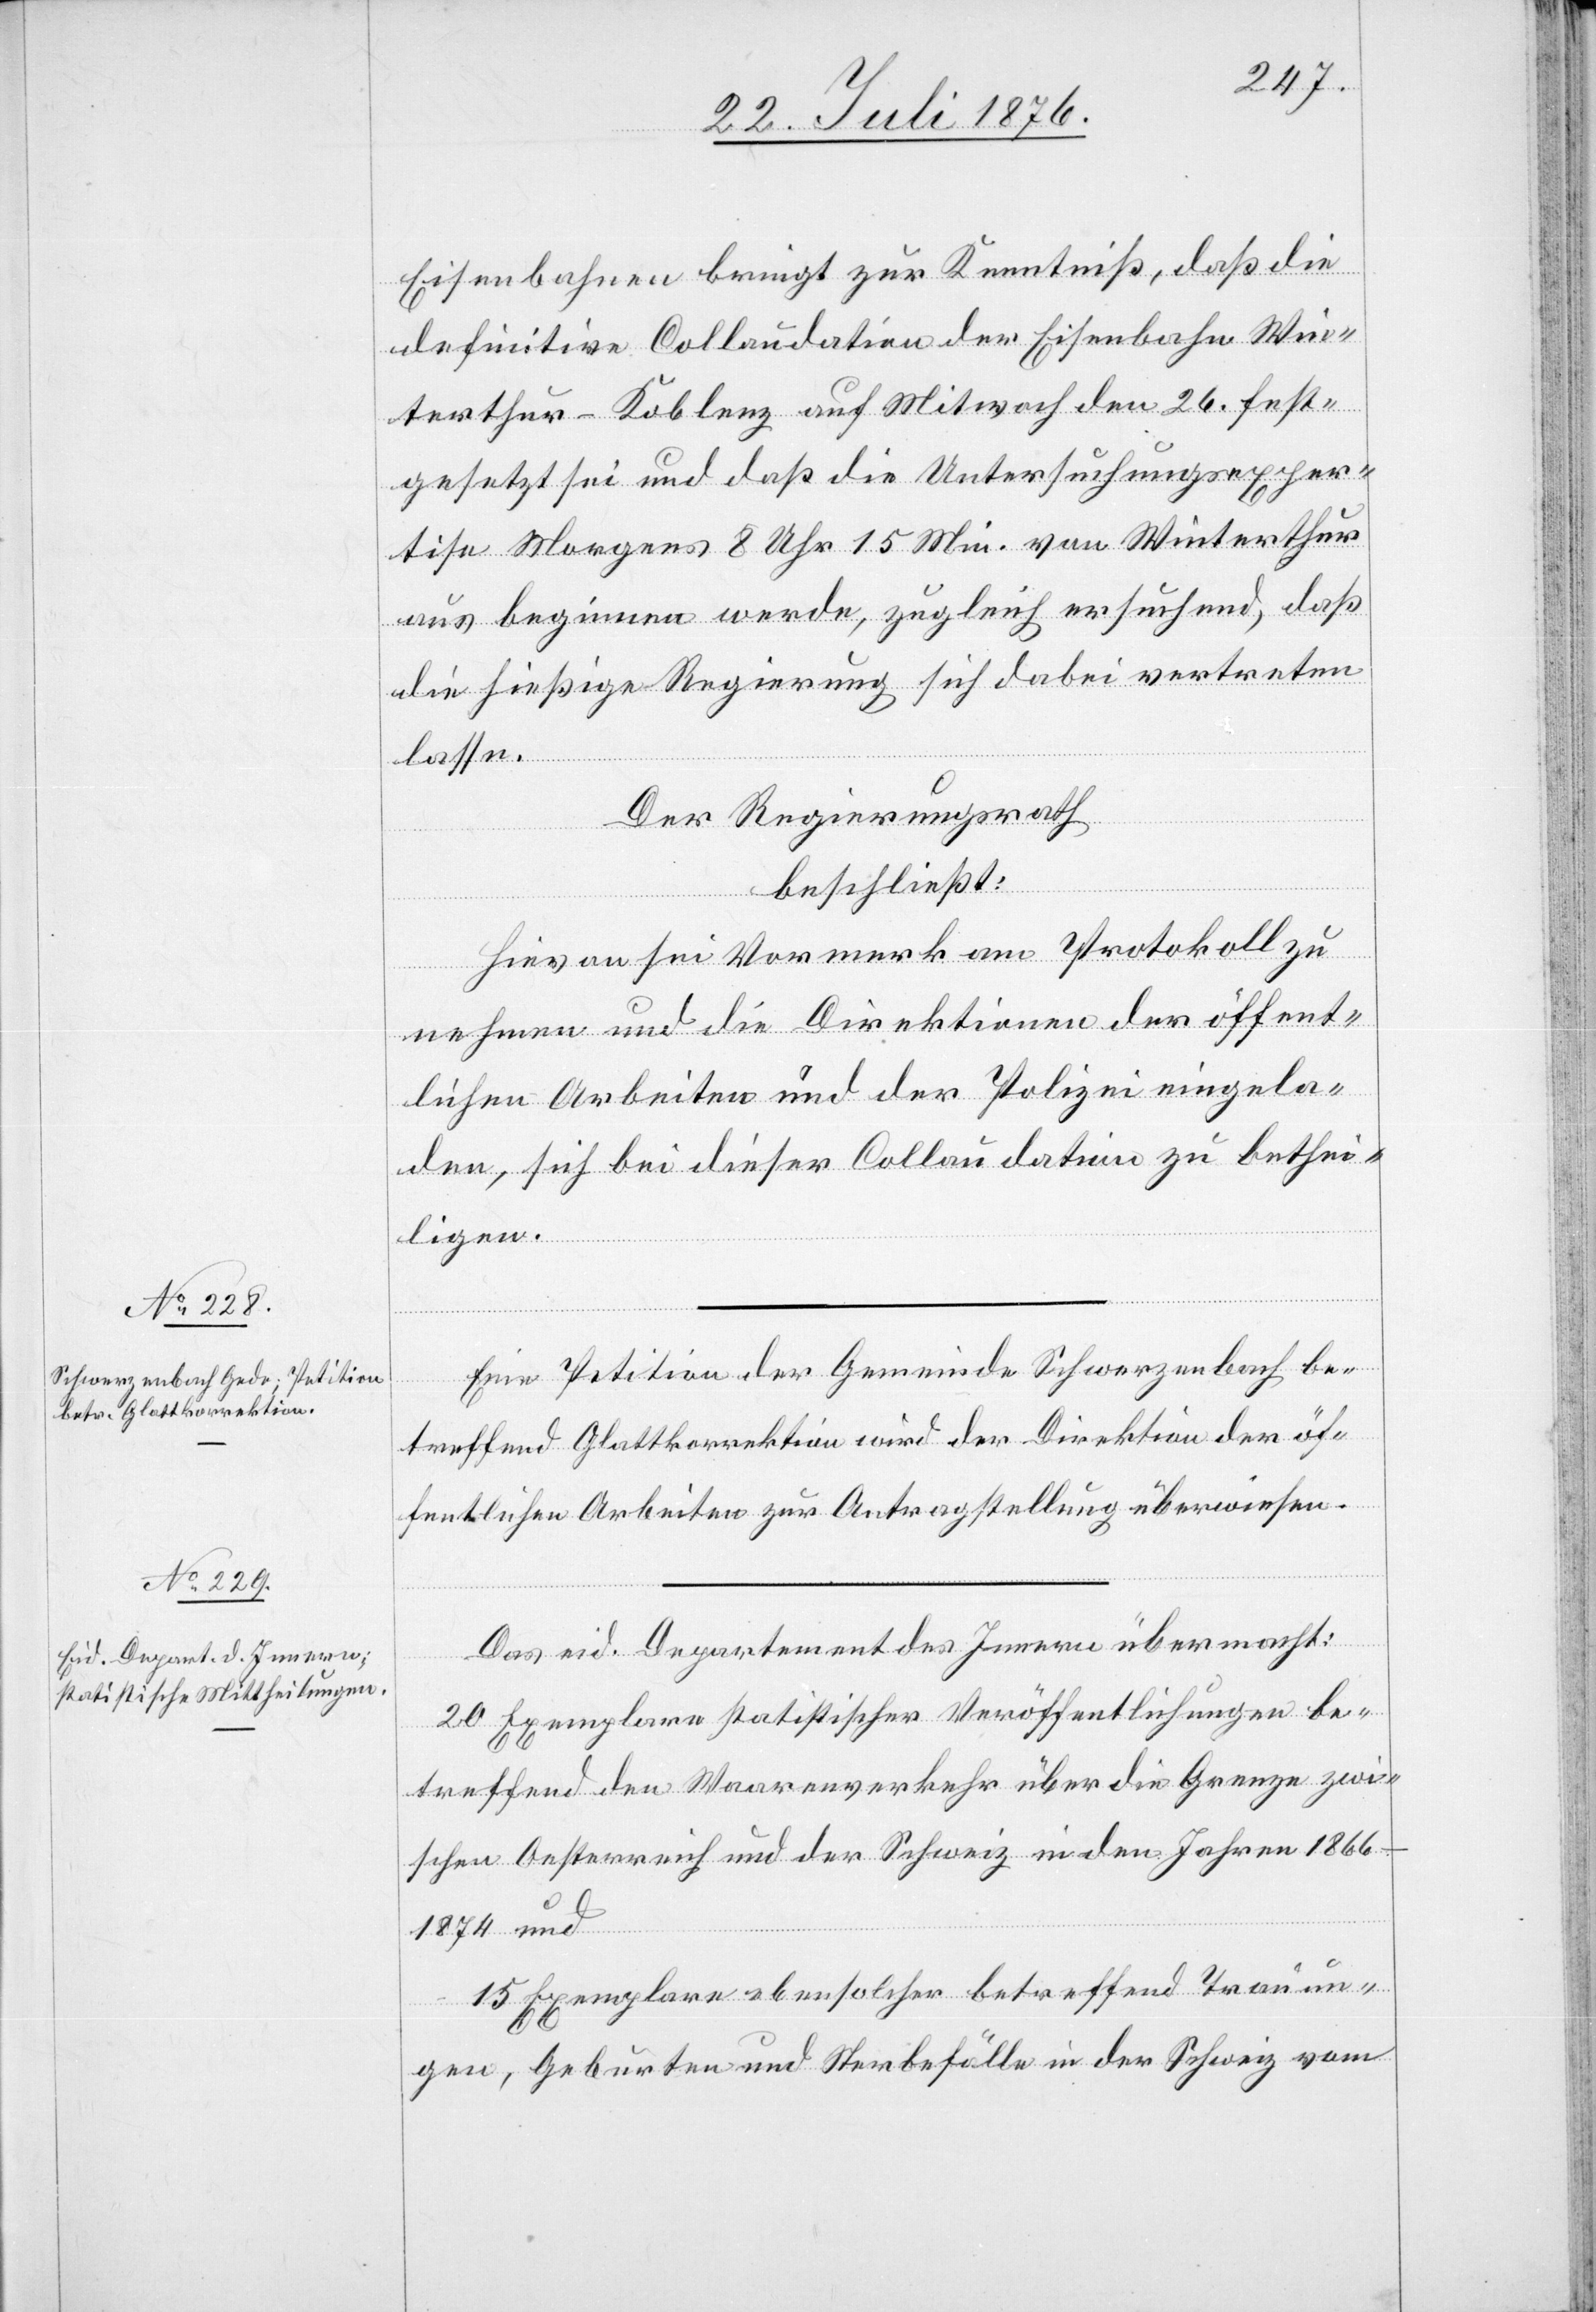
Eisenbahnen bringt zur Kenntniß, daß die
definitive Collaudation der Eisenbahn Win¬
terthur–Koblenz auf Mitwoch den 26. fest¬
gesetzt sei und daß die Untersuchungsexper¬
tise Morgens 8 Uhr 15 Min. von Winterthur
aus beginnen werde, zugleich ersuchend, das
die hießige Regierung sich dabei vertreten
lasse.
und
Der Regierungsrath
beschließt:
Hievon sei Vormerk am Protokoll zu
nehmen und die Direktionen der öffent¬
lichen Arbeiten und der Polizei eingela¬
den, sich bei dieser Collaudation zu bethei¬
ligen.
Eine Petition der Gemeinde Schwerzenbach be¬
treffend Glattkorrektion wird der Direktion der öf¬
fentlichen Arbeiten zur Antragstellung überwiesen.
Das eid. Departement des Innern übermacht:
20 Exemplare statistischer Veröffentlichungen bes¬
treffend Waarenverkehr über die Grenze zwi¬
schen Oesterreich und der Schweiz in den Jahren 1866–1874
15 Exemplare ebensolcher betreffend Trauun¬
gen, Geburten und Sterbefälle in der Schweiz vom